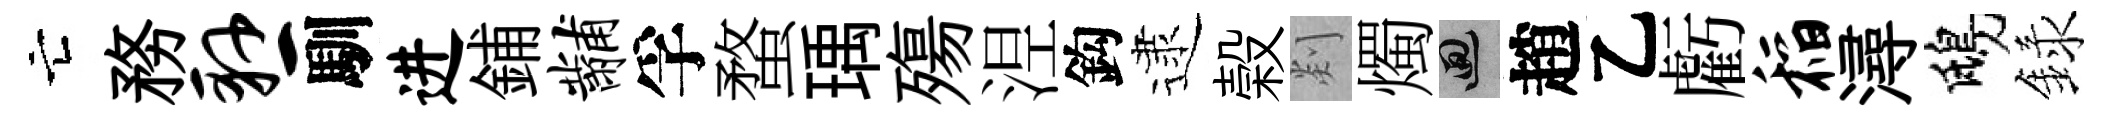
亡務悬馴进鋪黼孚蝥瑀殤𣵀鈎逮榖剡燭回趙乙虧稻潯鴟録